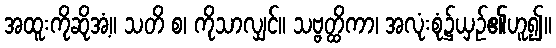
အထူးကိုဆိုအံ့။ သတိ စ၊ ကိုသာလျှင်။ သဗ္ဗတ္ထိကာ၊ အလုံးစုံ၌ယှဉ်၏ဟူ၍။